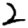
Digit: 2